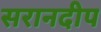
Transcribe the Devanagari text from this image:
सरानदीप